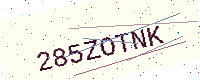
Text: 285ZOTNK